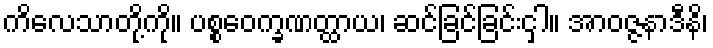
ကိလေသာတို့ကို။ ပစ္စဝေက္ခဏတ္ထာယ၊ ဆင်ခြင်ခြင်းငှါ။ အာဝဇ္ဇနာဒီနိ၊